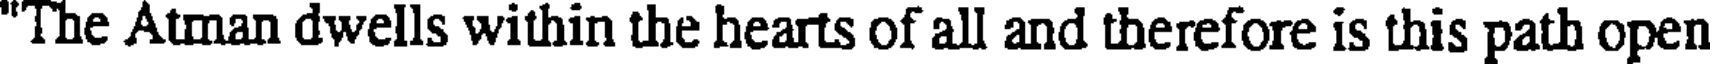
"The Atman dwells within the hearts of all and therefore is this path open